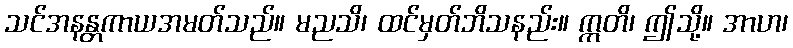
သင်အနန္တကာယအမတ်သည်။ မညသိ၊ ထင်မှတ်ဘိသနည်း။ ဣတိ၊ ဤသို့။ အာဟ၊